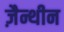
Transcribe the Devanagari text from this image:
ज़ैन्थीन